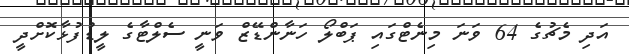
އަދި މެޗުގެ 64 ވަނަ މިނެޓްގައި ޕަބްލޯ ހަނާންޑޭޒް ވަނީ ސެލްޓާގެ ލީޑުފުޅާކޮށްދީ